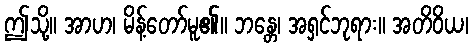
ဤသို့။ အာဟ၊ မိန့်တော်မူ၏။ ဘန္တေ၊ အရှင်ဘုရား။ အတိဝိယ၊